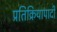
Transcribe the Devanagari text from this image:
प्रतिक्रियापादी